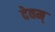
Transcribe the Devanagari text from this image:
देवम्